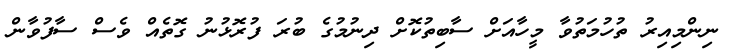
ނިންމިއިރު ތުހުމަތުވާ މީހާއަށް ސާބިތުކޮށް ދިނުމުގެ ބުރަ ފުރޮޅުނު ގޮތެއް ވެސް ސާފުވާން